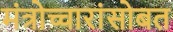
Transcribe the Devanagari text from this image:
मंत्रोच्चारांसोबत